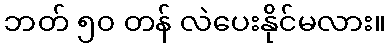
ဘတ် ၅၀ တန် လဲပေးနိုင်မလား။